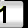
Digit: 1